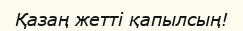
Қазаң жетті қапылсың!